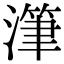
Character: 潷